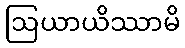
ဩယာယိဿာမိ